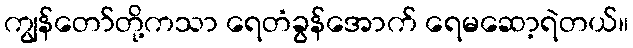
ကျွန်တော်တို့ကသာ ရေတံခွန်အောက် ရေမဆော့ရဲတယ်။